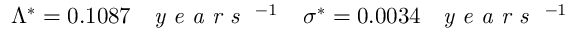
\Lambda ^ { * } = 0 . 1 0 8 7 \; \textrm { \textit { y e a r s } } ^ { - 1 } \; \; \; \; \sigma ^ { * } = 0 . 0 0 3 4 \; \textrm { \textit { y e a r s } } ^ { - 1 }